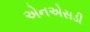
એનએસડી